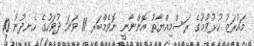
މައުރަޒު ހުޅުވުމުގެ ރަސްމިއްޔާތު އޮންނާނީ ނޮވެމްބަރ 11 ވަނަ ދުވަހުގެ ހެނދުނު 10